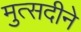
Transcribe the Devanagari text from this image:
मुत्सदीने